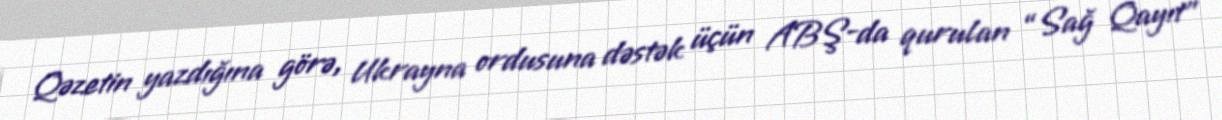
Qəzetin yazdığına görə, Ukrayna ordusuna dəstək üçün ABŞ-da qurulan “Sağ Qayıt”